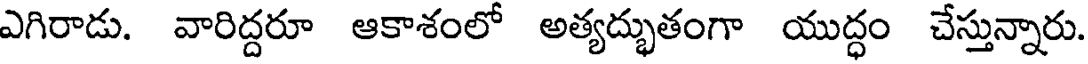
ఎగిరాడు. వారిద్దరూ ఆకాశంలో అత్యద్భుతంగా యుద్ధం చేస్తున్నారు.